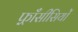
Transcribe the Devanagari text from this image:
फ़्राँसीसियों